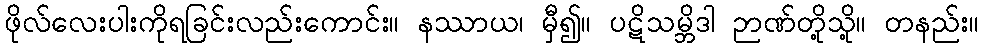
ဖိုလ်လေးပါးကိုရခြင်းလည်းကောင်း။ နဿာယ၊ မှီ၍။ ပဋိသမ္ဘိဒါ ဉာဏ်တို့သို့။ တနည်း။